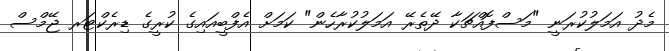
މެދު އަމަލުކުރަނީ "މަސްފޮއްޗަކާ ދޭތެރޭ އަމަލުކުރާހެން" ކަމަށް އެފްބީއައިގެ ކުރީގެ ޑިރެކްޓަރ ޖޭމްސް